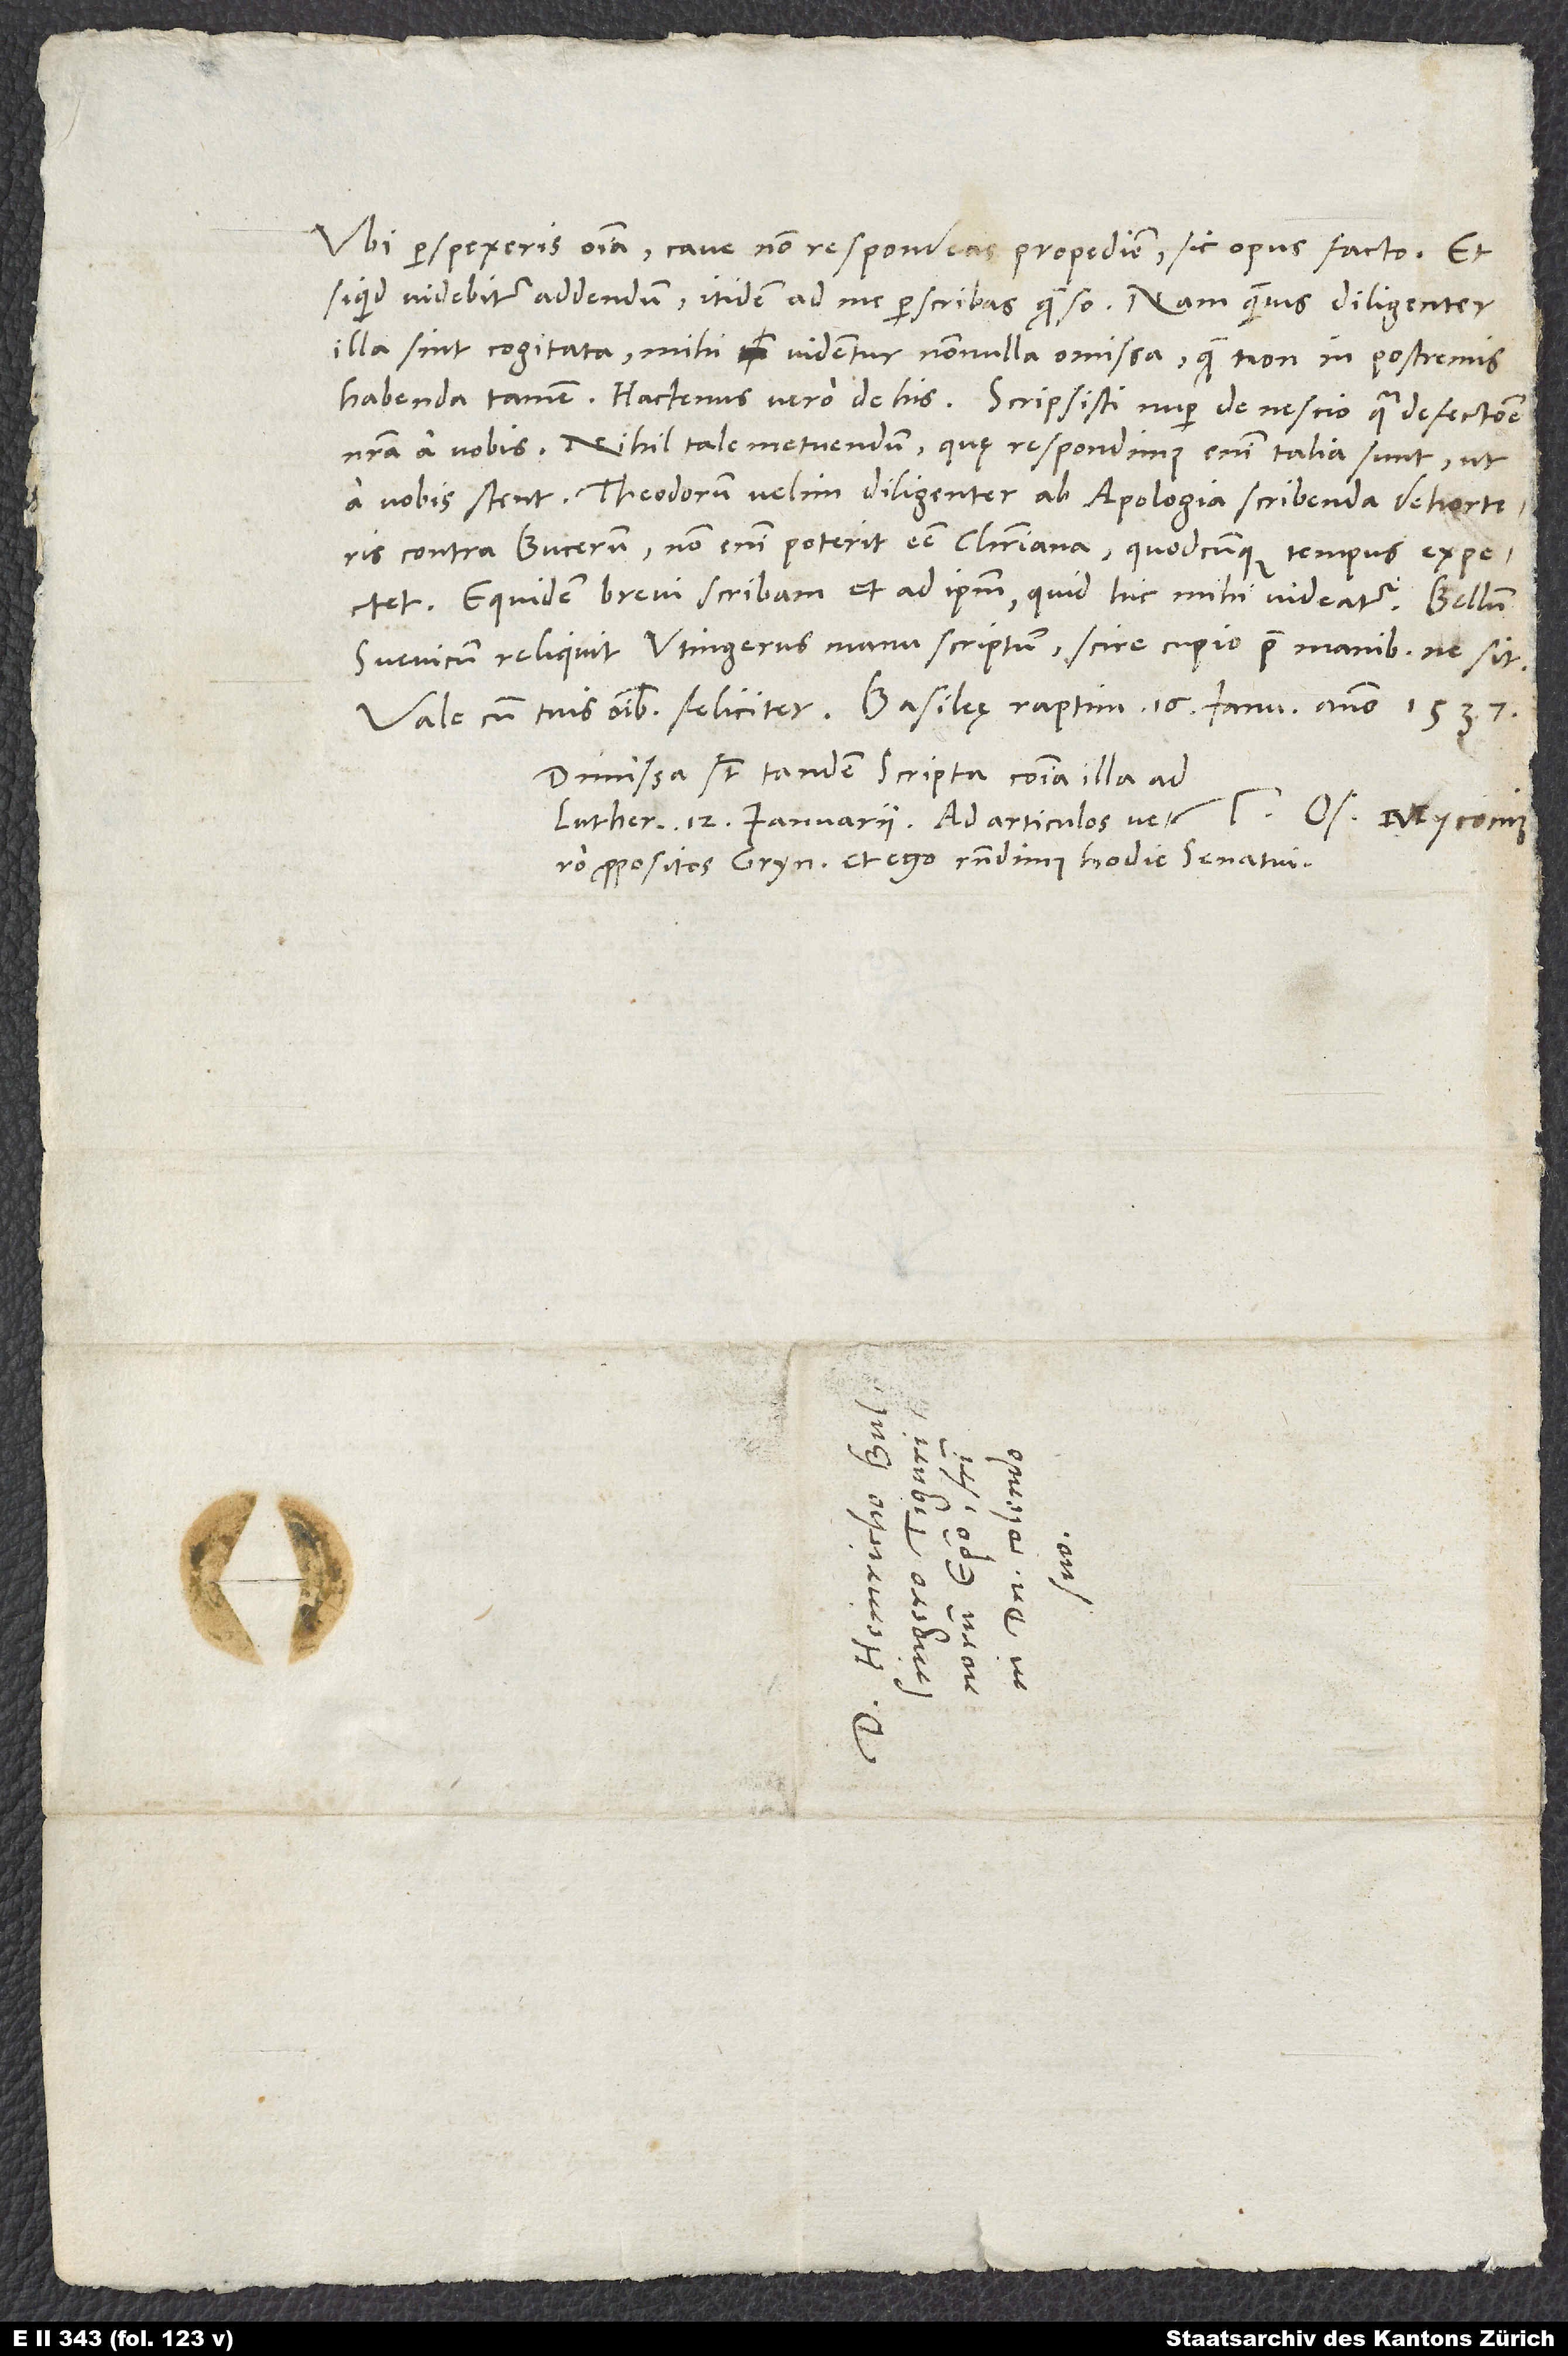
Ubi perspexeris omnia, cave, non respondeas propediem, sic opus facto. Et
si quid videbitur addendum, itidem ad me perscribas, quaeso. Nam quamvis diligenter
illa sint cogitata, mihi videntur nonnulla omissa, quae non in postremis
nostra a vobis. Nihil tale metuendum. Quae respondimus enim, talia sunt, ut
Theodorum velim diligenter ab apologia scribenda dehorteris
contra Bucerum. Non enim poterit esse christiana, quodcunque tempus expectet.
Equidem brevi scribam et ad ipsum, quid hic mihi videatur.
Svevicum reliquit Utingerus manu scriptum. Scire cupio, prae manibus ne sit.
Dimissa sunt tandem scripta communia illa ad
Lutherum 12. ianuarii. Ad articulos vero
propositos Grynaeus et ego respondimus hodie senatui.
S.